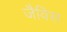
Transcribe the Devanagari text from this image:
जैविस